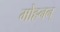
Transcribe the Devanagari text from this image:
मोहनन्